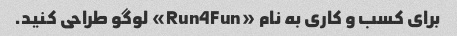
برای کسب و کاری به نام «Run4Fun» لوگو طراحی کنید.